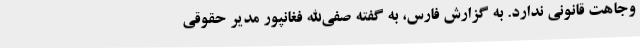
وجاهت قانونی ندارد. به گزارش فارس، به گفته صفی‌الله فغانپور مدیر حقوقی